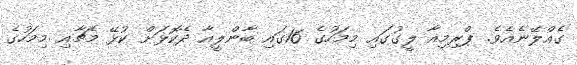
ގެއްލޭނެއެވެ. ޕްރިމިއާ ލީގުގައި މިމަހުގެ 16ގައި ބާންލީއާ ދެކޮޅަށް ކުޅޭ މެޗާއި މިމަހުގެ